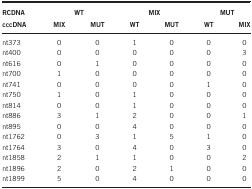
<table><thead><tr><td><b>RCDNA</b></td><td colspan="2"><b>WT</b></td><td colspan="2"><b>MIX</b></td><td colspan="2"><b>MUT</b></td></tr><tr><td><b>cccDNA</b></td><td><b>MIX</b></td><td><b>MUT</b></td><td><b>WT</b></td><td><b>MUT</b></td><td><b>WT</b></td><td><b>MIX</b></td></tr></thead><tbody><tr><td>nt373</td><td>0</td><td>0</td><td>1</td><td>0</td><td>0</td><td>0</td></tr><tr><td>nt400</td><td>0</td><td>0</td><td>0</td><td>0</td><td>0</td><td>3</td></tr><tr><td>nt616</td><td>0</td><td>1</td><td>0</td><td>0</td><td>0</td><td>0</td></tr><tr><td>nt700</td><td>1</td><td>0</td><td>0</td><td>0</td><td>0</td><td>0</td></tr><tr><td>nt741</td><td>0</td><td>0</td><td>0</td><td>0</td><td>1</td><td>0</td></tr><tr><td>nt750</td><td>1</td><td>0</td><td>1</td><td>0</td><td>0</td><td>0</td></tr><tr><td>nt814</td><td>0</td><td>0</td><td>1</td><td>0</td><td>0</td><td>0</td></tr><tr><td>nt886</td><td>3</td><td>1</td><td>2</td><td>0</td><td>0</td><td>1</td></tr><tr><td>nt895</td><td>0</td><td>0</td><td>4</td><td>0</td><td>0</td><td>0</td></tr><tr><td>nt1762</td><td>0</td><td>3</td><td>1</td><td>5</td><td>1</td><td>0</td></tr><tr><td>nt1764</td><td>3</td><td>0</td><td>4</td><td>0</td><td>3</td><td>0</td></tr><tr><td>nt1858</td><td>2</td><td>1</td><td>1</td><td>0</td><td>0</td><td>2</td></tr><tr><td>nt1896</td><td>2</td><td>0</td><td>2</td><td>1</td><td>0</td><td>0</td></tr><tr><td>nt1899</td><td>5</td><td>0</td><td>4</td><td>0</td><td>0</td><td>0</td></tr></tbody></table>